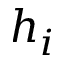
h _ { i }